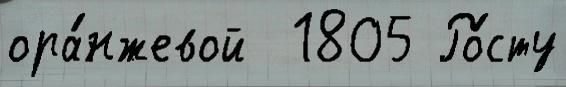
ора́нжевой  1805 Ро́сту